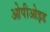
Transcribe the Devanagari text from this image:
ओपीओइड